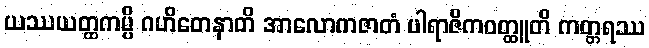
ယဿယတ္ထကမ္ပိ ဂဟိတေနာတိ အာလောကဇာတံ ပါရာဇိကဝတ္ထူတိ ကတ္တရဿ